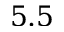
5 . 5